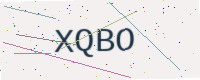
Text: XQBO